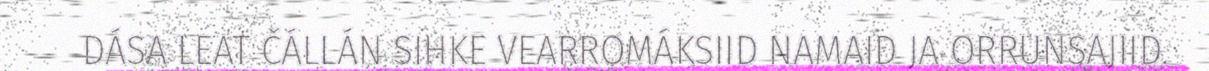
DÁSA LEAT ČÁLLÁN SIHKE VEARROMÁKSIID NAMAID JA ORRUNSAJIID.